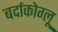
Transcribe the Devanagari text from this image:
बर्दाकोग्लू